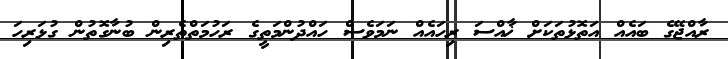
ރާއްޖޭގެ ބައެއް އަތޮޅުތަކަށް ޚާއްސަ ރިހައެއް ނަމަވެސް ހައްދުންމަތީގެ ރަހުމަތްތެރިން ބުނާގޮތުން ގުޅަރިހަ